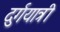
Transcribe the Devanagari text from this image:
दुर्गयात्री